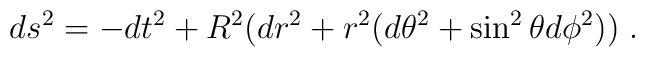
d s^2 = - d t^2 + R^2 (d r^2 + r^2 (d \theta^2 + \sin^2 \theta d \phi^2)) \; .